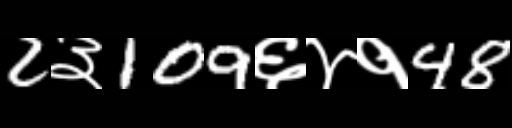
Text: 2३109६४१48